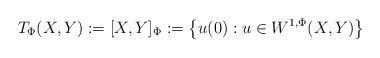
LaTeX: \begin{align*}T_{\Phi}(X,Y):= [X,Y]_{\Phi}:= \left\{ u(0): u\in W^{1,\Phi}(X,Y) \right\} \end{align*}